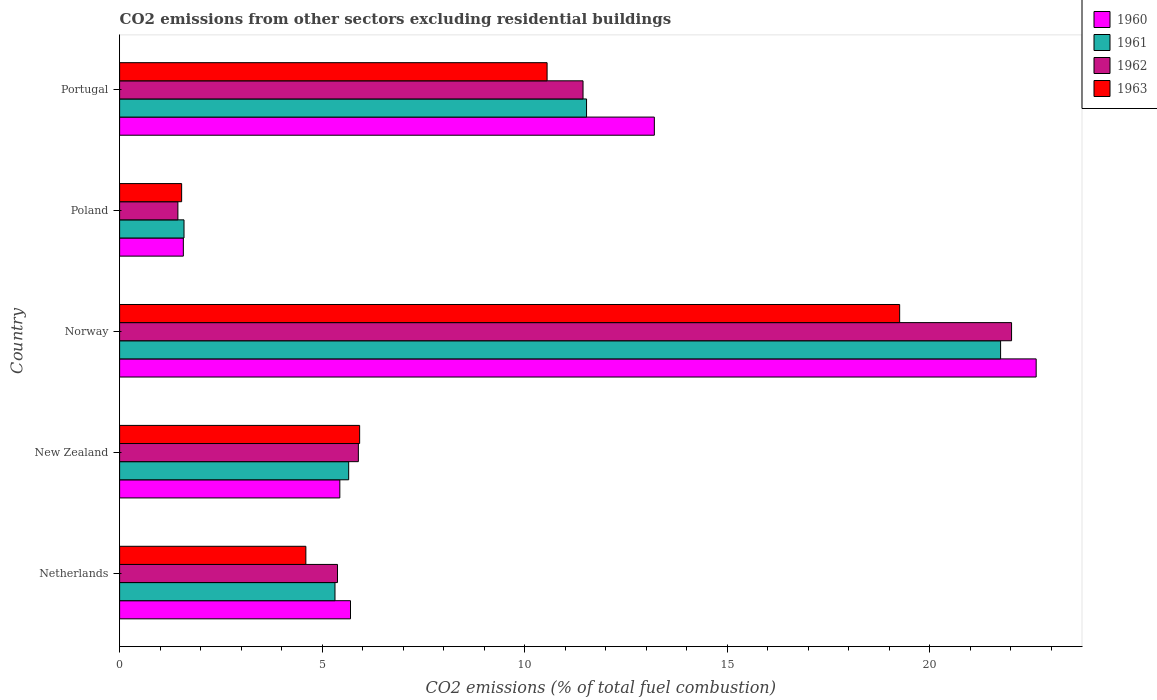
| Country | 1960 | 1961 | 1962 | 1963 |
 | --- | --- | --- | --- | --- |
 | Netherlands | 5.7 | 5.32 | 5.38 | 4.6 |
 | New Zealand | 5.44 | 5.66 | 5.89 | 5.93 |
 | Norway | 22.6 | 21.7 | 22 | 19.3 |
 | Poland | 1.57 | 1.59 | 1.44 | 1.53 |
 | Portugal | 13.2 | 11.5 | 11.4 | 10.6 |